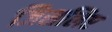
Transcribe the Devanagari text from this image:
जिसलिए